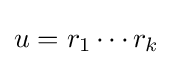
u=r_{1}\cdots r_{k}